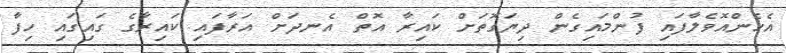
އެހެންއޮވެލާފައި ފުންމައިގެން ދިޔަގޮތަށް ކައިރާ އޮތް އެނދަށް އަރާފައި ކައިރާގެ ގައިގައި ހިފާ